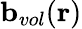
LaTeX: \mathbf{b}_{vol}(\mathbf{r})